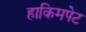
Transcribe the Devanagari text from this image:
हाकिमपेट